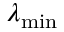
\lambda _ { \operatorname* { m i n } }